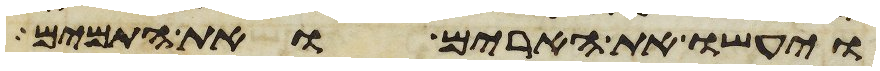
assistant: ויעשו את הארים ואת התמים